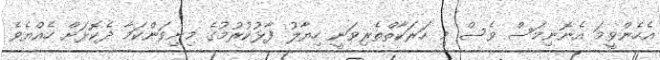
އެހެންވީމަ އެނޮނިމަސް ވެސް މި ހަރަކާތްތެރިވަނީ ހިޔާލު ފާޅުކުރުމުގެ މިނިވަންކަމާ ދެކޮޅަށް ހެއްޔެވެ